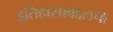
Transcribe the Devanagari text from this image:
इतिहासाबद्दलचा